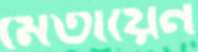
মেতায়েন